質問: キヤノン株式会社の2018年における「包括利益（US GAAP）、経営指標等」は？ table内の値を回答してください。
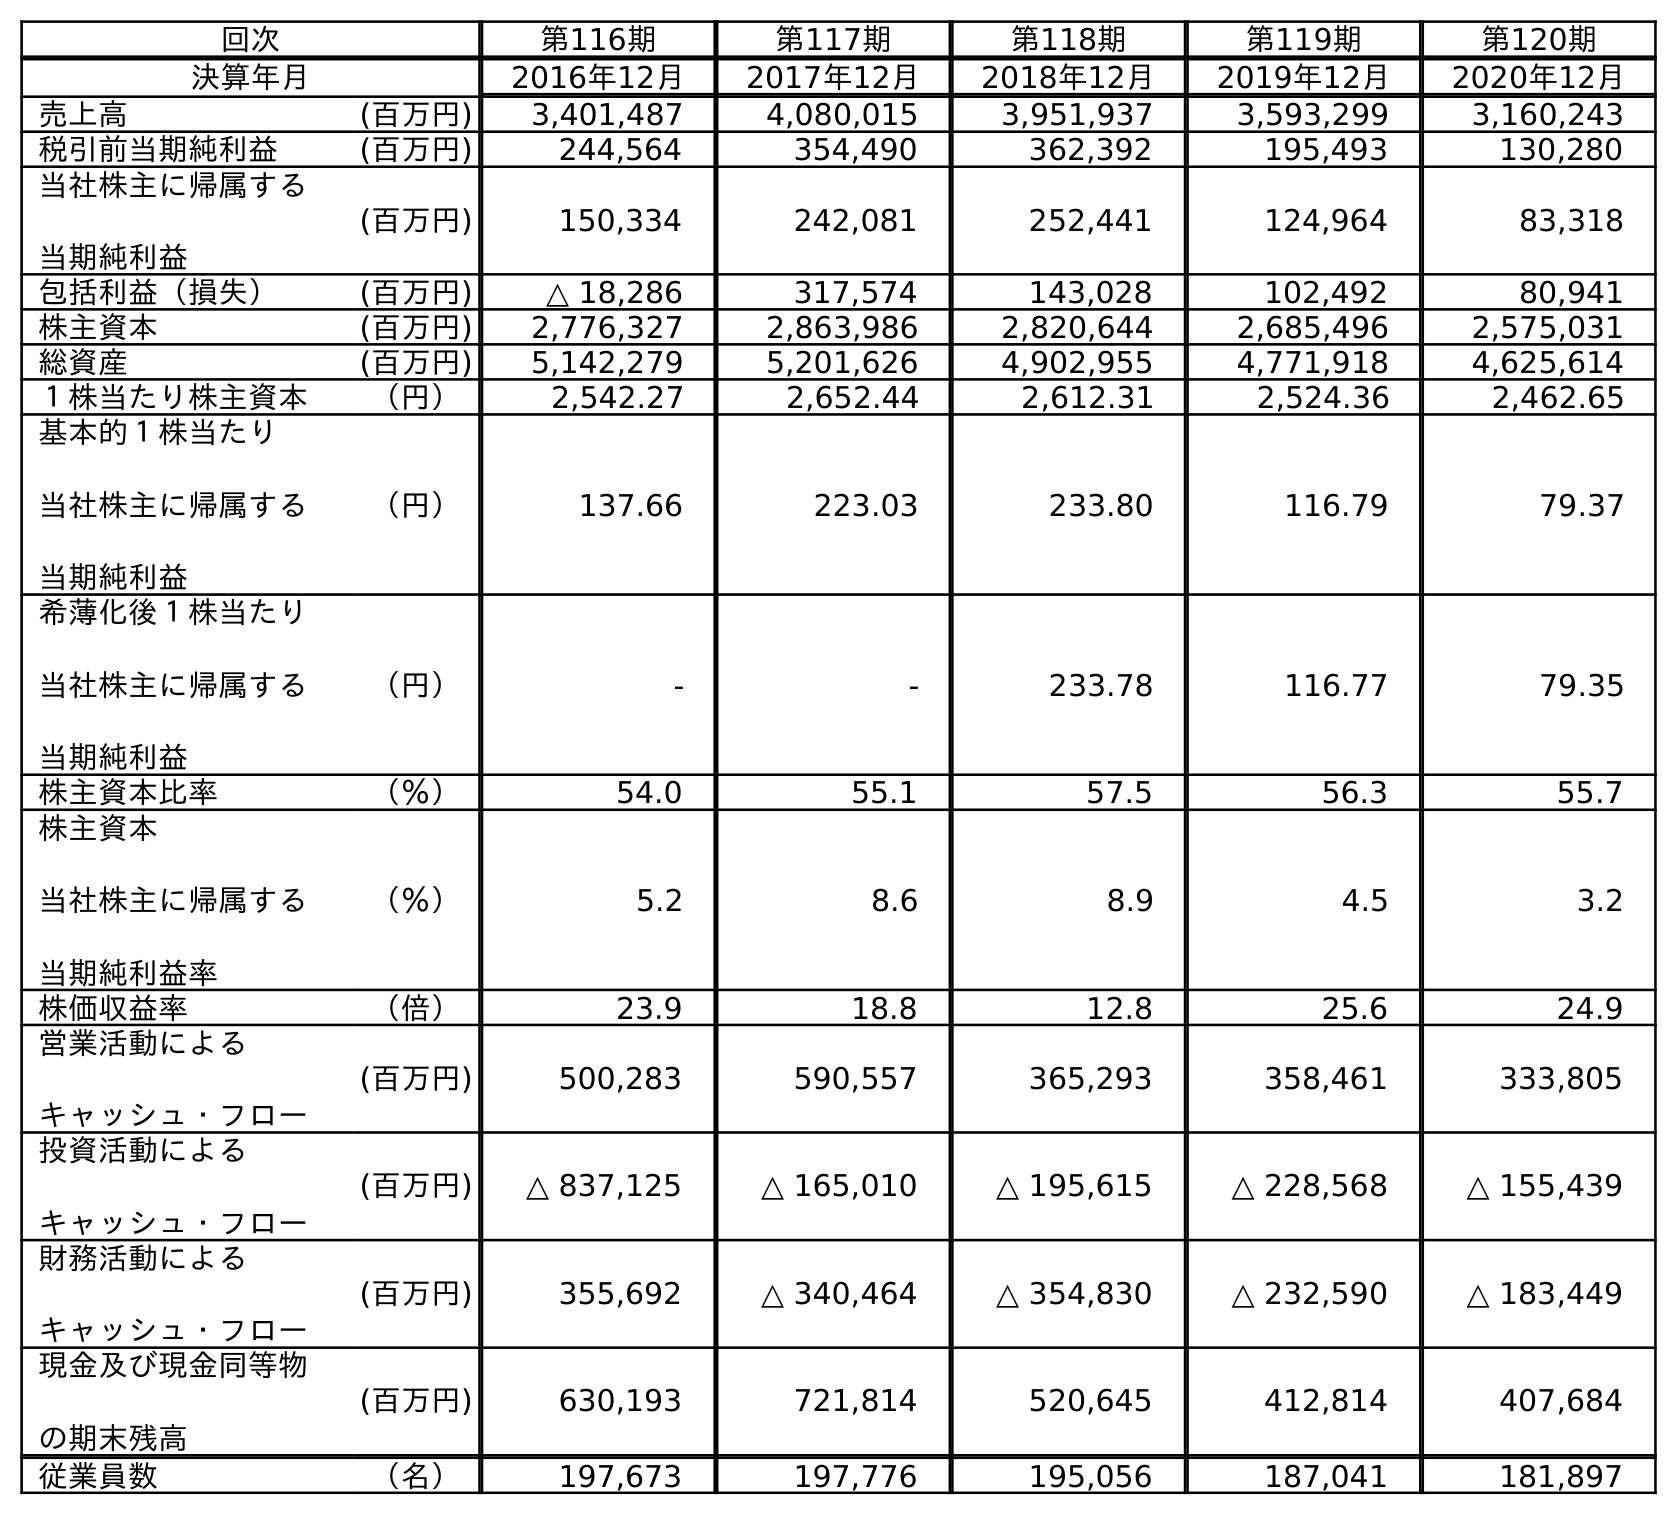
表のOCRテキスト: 回次 第116期 第117期 第118期 第119期 第120期 決算年月 2016年12月 2017年12月 2018年12月 2019年12月 2020年12月 売上高 (百万円) 3,401,487 4,080,015 3,951,937 3,593,299 3,160,243 税引前当期純利益 (百万円) 244,564 354,490 362,392 195,493 130,280 当社株主に帰属する 当期純利益 (百万円) 150,334 242,081 252,441 124,964 83,318 包括利益（損失） (百万円) △ 18,286 317,574 143,028 102,492 80,941 株主資本 (百万円) 2,776,327 2,863,986 2,820,644 2,685,496 2,575,031 総資産 (百万円) 5,142,279 5,201,626 4,902,955 4,771,918 4,625,614 １株当たり株主資本 （円） 2,542.27 2,652.44 2,612.31 2,524.36 2,462.65 基本的１株当たり 当社株主に帰属する 当期純利益 （円） 137.66 223.03 233.80 116.79 79.37 希薄化後１株当たり 当社株主に帰属する 当期純利益 （円） - - 233.78 116.77 79.35 株主資本比率 （％） 54.0 55.1 57.5 56.3 55.7 株主資本 当社株主に帰属する 当期純利益率 （％） 5.2 8.6 8.9 4.5 3.2 株価収益率 （倍） 23.9 18.8 12.8 25.6 24.9 営業活動による キャッシュ・フロー (百万円) 500,283 590,557 365,293 358,461 333,805 投資活動による キャッシュ・フロー (百万円) △ 837,125 △ 165,010 △ 195,615 △ 228,568 △ 155,439 財務活動による キャッシュ・フロー (百万円) 355,692 △ 340,464 △ 354,830 △ 232,590 △ 183,449 現金及び現金同等物 の期末残高 (百万円) 630,193 721,814 520,645 412,814 407,684 従業員数 （名） 197,673 197,776 195,056 187,041 181,897
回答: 143,028